Vaccination report Assam 1896-1927 - 1896-1927
Year: 1896
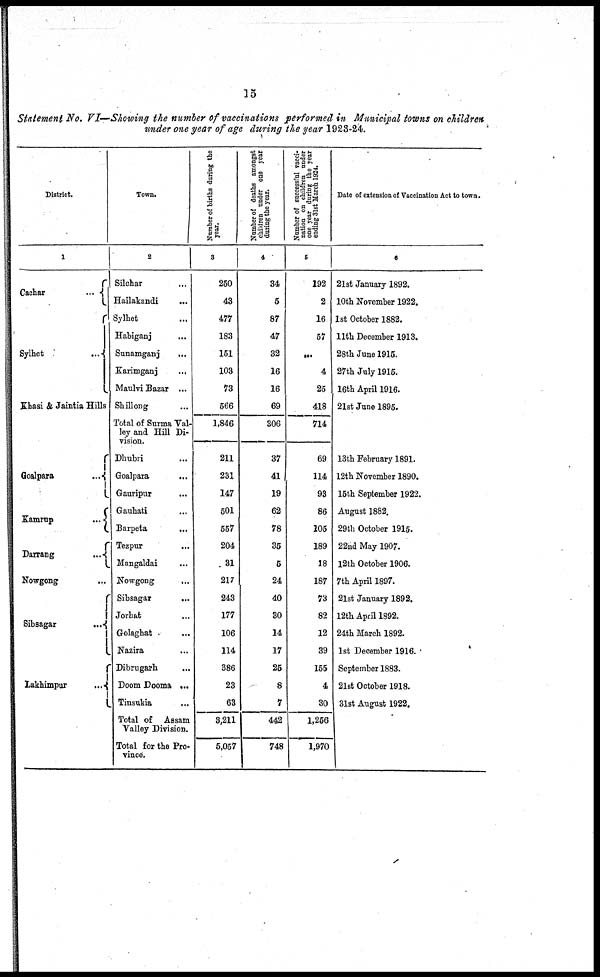
15
Statement No. VI—Showing the number of vaccinations performed in Municipal towns on children
under one year of age during the year 1923-24.
District.
1
Cachar...
Sylhet
Khasi & Jaintia Hills
Goalpara...
Kamrup...
Darrang...
Nowgong...
Sibsagar...
Lakhimpur...
Town.
2
Silchar...
Hailakandi...
Sylhet...
Habiganj...
Sunamganj...
Karimganj...
Maulvi Bazar ...
Shillong...
Total of Surma Val-
ley and Hill Di-
vision.
Dhubri...
Goalpara...
Gauripur...
Gauhati...
Barpeta...
Tezpur...
Mangaldai...
Nowgong...
Sibsagar...
Jorhat...
Golaghat...
Nazira...
Dibrugarh...
Doom Dooma...
Tinsukia...
Total of Assam
Valley Division.
Total for the Pro-
vince.
Number of births during the
year.
3
250
43
477
183
151
103
73
566
1,846
211
231
147
501
557
204
31
217
243
177
106
114
386
23
63
3,211
5,057
Number of deaths amongst
children under one year
during the year.
4
34
5
87
47
32
16
16
69
306
37
41
19
62
78
35
5
24
40
30
14
17
25
8
7
442
748
Number of successful vacci-
nation on children under
one year during the year
ending 31st March 1924.
5
192
2
16
57
...
4
25
418
714
69
114
93
86
105
189
18
187
73
82
12
39
155
4
30
1,256
1,970
Date of extension of Vaccination Act to town.
6
21st January 1892.
10th November 1922.
1st October 1882.
11th December 1913.
28th June 1915.
27th July 1915.
16th April 1916.
21st June 1895.
13th February 1891.
12th November 1890.
15th September 1922.
August 1882.
29th October 1915.
22nd May 1907.
12th October 1906.
7th April 1897.
21st January 1892.
12th April 1892.
24th March 1892.
1st December 1916.
September 1883.
21st October 1918.
31st August 1922.